Leaving Certificate, 1900
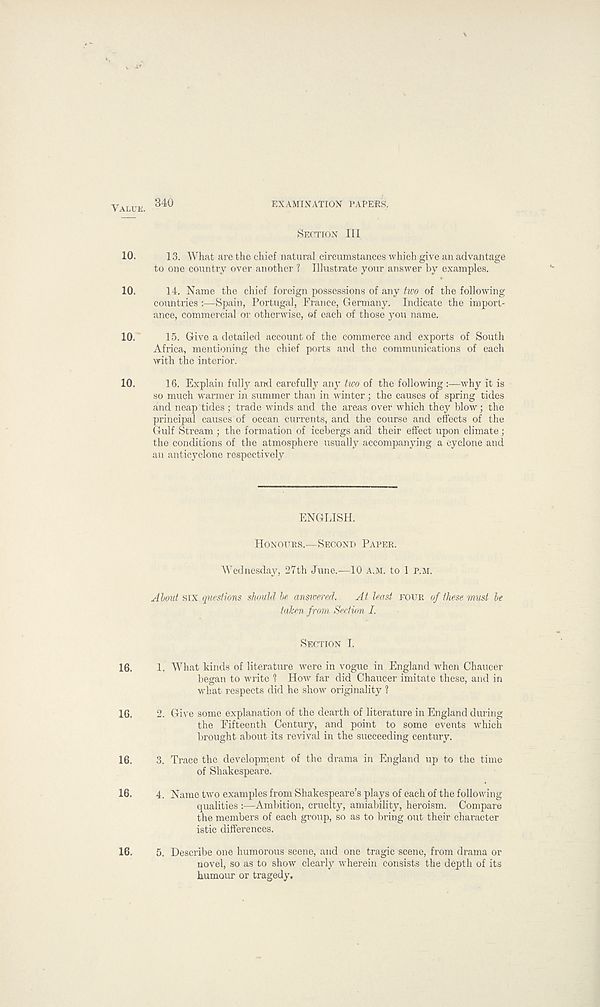
VALUE.
10.
10.
10.
10.
16.
16.
16.
16.
16.
840
EXAMINATION PAPERS.
SECTION III
13. What are the chief natural circumstances which give an advantage
to one country over another ? Illustrate your answer by examples.
14. Name the chief foreign possessions of any two of the following
countries :—Spain, Portugal, France, Germany. Indicate the import-
ance, commercial or otherwise, of each of those you name.
15. Give a detailed account of the commerce and exports of South
Africa, mentioning the chief ports and the communications of each
with the interior.
16. Explain fully and carefully any two of the following
why it is
so much warmer in summer than in winter; the causes of spring tides
and neap tides ; trade winds and the areas over which they blow; the
principal causes of ocean currents, and the course and effects of the
Gulf Stream ; the formation of icebergs and their effect upon climate;
the conditions of the atmosphere usually accompanying a cyclone and
an anticyclone respectively
ENGLISH.
HONOURS.—SECOND PAPER.
Wednesday, 27th June.—10 A.M. to 1 P.M.
About SIX questions should be answered.
At least POUR of these must be
taken from Section I.
SECTION I.
1. What kinds of literature were in vogue in England when Chaucer
began to write 1 How far did Chaucer imitate these, and in
what respects did he show originality ?
2. Give some explanation of the dearth of literature in England during
the Fifteenth Century, and point to some events which
brought about its revival in the succeeding century.
3. Trace the development of the drama in England up to the time
of Shakespeare.
4. Name two examples from Shakespeare’s plays of each of the following
qualities :—Ambition, cruelty, amiability, heroism. Compare
the members of each group, so as to bring out their character
istic differences.
5. Describe one humorous scene, and one tragic scene, from drama or
novel, so as to show clearly wherein consists the depth of its
humour or tragedy.